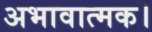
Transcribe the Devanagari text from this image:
अभावात्मक।